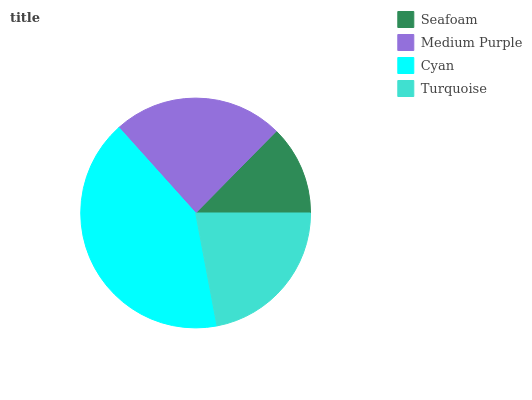
| Seafoam | Medium Purple | Cyan | Turquoise |
 | --- | --- | --- | --- |
 | 12.6% | 24% | 41.4% | 22% |